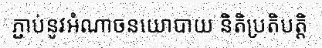
ភ្ជាប់នូវអំណាចនយោបាយ និតិប្រតិបត្តិ